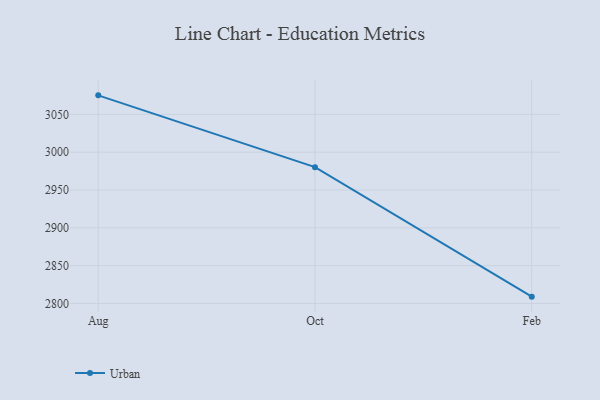
{"axis": {"x": "Month", "y": "Bounce Rate (%)"}, "legend": ["Urban"], "data": [{"x": "Aug", "y": 3075.1, "type": "Urban"}, {"x": "Oct", "y": 2980.2, "type": "Urban"}, {"x": "Feb", "y": 2809.1, "type": "Urban"}]}